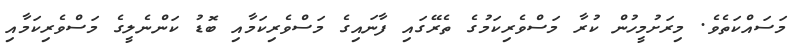
މަސައްކަތެވެ. މިރަށުމީހުން ކުރާ މަސްވެރިކަމުގެ ތެރޭގައި ފާނައިގެ މަސްވެރިކަމާއި ބޮޑު ކަންނެލީގެ މަސްވެރިކަމާއި